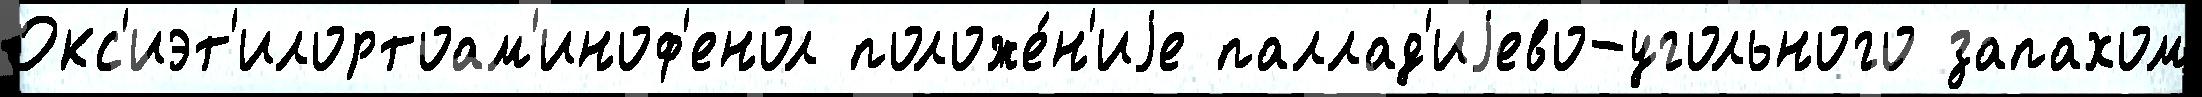
Окс'иэт'илортоам'иноф'енол положе́н'иjе паллад'иjево-угольного запахом